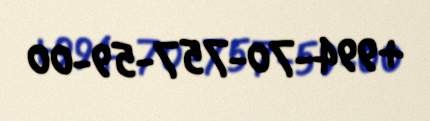
+994-70-757-59-00